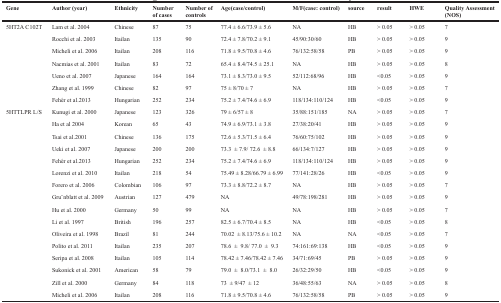
<table><thead><tr><td><b>Gene</b></td><td><b>Author (year)</b></td><td><b>Ethnicity</b></td><td><b>Number of cases</b></td><td><b>Number of controls</b></td><td><b>Age(case/control)</b></td><td><b>M/F(case: control)</b></td><td><b>source</b></td><td><b>result</b></td><td><b>HWE</b></td><td><b>Quality Assessment (NOS)</b></td></tr></thead><tbody><tr><td>5HT2A C102T</td><td>Lam et al. 2004</td><td>Chinese</td><td>87</td><td>75</td><td>77.4 ± 6.6/73.9 ± 5.6</td><td>NA</td><td>HB</td><td>&gt; 0.05</td><td>&gt; 0.05</td><td>7</td></tr><tr><td></td><td>Rocchi et al. 2003</td><td>Itailan</td><td>135</td><td>90</td><td>72.4 ± 7.8/70.2 ± 9.1</td><td>45/90:30/60</td><td>HB</td><td>&gt; 0.05</td><td>&gt; 0.05</td><td>9</td></tr><tr><td></td><td>Micheli et al. 2006</td><td>Itailan</td><td>208</td><td>116</td><td>71.8 ± 9.5/70.8 ± 4.6</td><td>76/132:58/58</td><td>PB</td><td>&gt; 0.05</td><td>&gt; 0.05</td><td>9</td></tr><tr><td></td><td>Nacmias et al. 2001</td><td>Itailan</td><td>83</td><td>72</td><td>65.4 ± 8.4/74.5 ± 25.1</td><td>NA</td><td>HB</td><td>&gt; 0.05</td><td>&gt; 0.05</td><td>8</td></tr><tr><td></td><td>Ueno et al. 2007</td><td>Japanese</td><td>164</td><td>164</td><td>73.1 ± 8.3/73.0 ± 9.5</td><td>52/112:68/96</td><td>HB</td><td>&lt;0.05</td><td>&gt; 0.05</td><td>9</td></tr><tr><td></td><td>Zhang et al. 1999</td><td>Chinese</td><td>82</td><td>97</td><td>75 ± 8/70 ± 7</td><td>NA</td><td>HB</td><td>&gt; 0.05</td><td>&gt; 0.05</td><td>7</td></tr><tr><td></td><td>Fehér et al.2013</td><td>Hungarian</td><td>252</td><td>234</td><td>75.2 ± 7.4/74.6 ± 6.9</td><td>118/134:110/124</td><td>HB</td><td>&lt;0.05</td><td>&gt; 0.05</td><td>9</td></tr><tr><td>5HTTLPR L/S</td><td>Kunugi et al. 2000</td><td>Japanese</td><td>123</td><td>326</td><td>79 ± 6/57 ± 8</td><td>35/88:151/185</td><td>NA</td><td>&gt; 0.05</td><td>&gt; 0.05</td><td>7</td></tr><tr><td></td><td>Ha et al 2004</td><td>Korean</td><td>65</td><td>43</td><td>74.9 ± 6.9/73.1 ± 3.8</td><td>27/38:20/41</td><td>HB</td><td>&gt; 0.05</td><td>&gt; 0.05</td><td>9</td></tr><tr><td></td><td>Tsai et al.2001</td><td>Chinese</td><td>136</td><td>175</td><td>72.6 ± 5.3/71.5 ± 6.4</td><td>76/60:75/102</td><td>HB</td><td>&gt; 0.05</td><td>&gt; 0.05</td><td>9</td></tr><tr><td></td><td>Ueki et al. 2007</td><td>Japanese</td><td>200</td><td>200</td><td>73.3 ± 7.9/ 72.6 ± 8.8</td><td>66/134:7/127</td><td>HB</td><td>&gt; 0.05</td><td>&gt; 0.05</td><td>9</td></tr><tr><td></td><td>Fehér et al.2013</td><td>Hungarian</td><td>252</td><td>234</td><td>75.2 ± 7.4/74.6 ± 6.9</td><td>118/134:110/124</td><td>HB</td><td>&gt; 0.05</td><td>&gt; 0.05</td><td>9</td></tr><tr><td></td><td>Lorenzi et al. 2010</td><td>Itailan</td><td>218</td><td>54</td><td>75.49 ± 8.28/66.79 ± 6.99</td><td>77/141:28/26</td><td>HB</td><td>&lt;0.05</td><td>&gt; 0.05</td><td>9</td></tr><tr><td></td><td>Forero et al. 2006</td><td>Colombian</td><td>106</td><td>97</td><td>73.3 ± 8.8/72.2 ± 8.7</td><td>NA</td><td>HB</td><td>&gt; 0.05</td><td>&gt; 0.05</td><td>7</td></tr><tr><td></td><td>Gru ̈nblatt et al. 2009</td><td>Austrian</td><td>127</td><td>479</td><td>NA</td><td>49/78:198/281</td><td>HB</td><td>&gt; 0.05</td><td>&gt; 0.05</td><td>9</td></tr><tr><td></td><td>Hu et al. 2000</td><td>Germany</td><td>50</td><td>99</td><td>NA</td><td>NA</td><td>HB</td><td>&gt; 0.05</td><td>&gt; 0.05</td><td>7</td></tr><tr><td></td><td>Li et al. 1997</td><td>British</td><td>196</td><td>257</td><td>82.5 ± 6.7/70.4 ± 8.5</td><td>NA</td><td>HB</td><td>&lt;0.05</td><td>&gt; 0.05</td><td>8</td></tr><tr><td></td><td>Oliveira et al. 1998</td><td>Brazil</td><td>81</td><td>244</td><td>70.02 ± 8.13/75.6 ± 10.2</td><td>NA</td><td>NA</td><td>&lt;0.05</td><td>&gt; 0.05</td><td>7</td></tr><tr><td></td><td>Polito et al. 2011</td><td>Itailan</td><td>235</td><td>207</td><td>78.6 ± 9.8/ 77.0 ± 9.3</td><td>74:161:69:138</td><td>HB</td><td>&lt;0.05</td><td>&gt; 0.05</td><td>9</td></tr><tr><td></td><td>Seripa et al. 2008</td><td>Itailan</td><td>105</td><td>114</td><td>78.42 ± 7.46/78.42 ± 7.46</td><td>34/71:69/45</td><td>PB</td><td>&gt; 0.05</td><td>&gt; 0.05</td><td>9</td></tr><tr><td></td><td>Sukonick et al. 2001</td><td>American</td><td>58</td><td>79</td><td>79.0 ± 8.0/73.1 ± 8.0</td><td>26/32:29/50</td><td>HB</td><td>&lt;0.05</td><td>&gt; 0.05</td><td>9</td></tr><tr><td></td><td>Zill et al. 2000</td><td>Germany</td><td>84</td><td>118</td><td>73 ± 9/47 ± 12</td><td>36/48:55/63</td><td>NA</td><td>&gt; 0.05</td><td>&gt; 0.05</td><td>8</td></tr><tr><td></td><td>Micheli et al. 2006</td><td>Itailan</td><td>208</td><td>116</td><td>71.8 ± 9.5/70.8 ± 4.6</td><td>76/132:58/58</td><td>PB</td><td>&gt; 0.05</td><td>&gt; 0.05</td><td>9</td></tr></tbody></table>